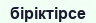
біріктірсе